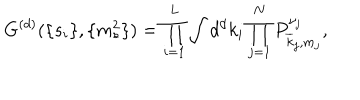
G ^ { ( d ) } ( \{ s _ { i } \} , \{ m _ { s } ^ { 2 } \} ) = \prod _ { i = 1 } ^ { L } \int d ^ { d } k _ { i } \prod _ { j = 1 } ^ { N } P _ { \overline { { { k } } } _ { j } , m _ { j } } ^ { \nu _ { j } } ,